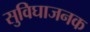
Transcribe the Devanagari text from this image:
सुविघाजनक